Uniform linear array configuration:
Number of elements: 48
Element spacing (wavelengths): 0.75
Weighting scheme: hann
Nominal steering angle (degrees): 45
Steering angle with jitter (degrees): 45.693
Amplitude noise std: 0.05
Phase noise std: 0.05

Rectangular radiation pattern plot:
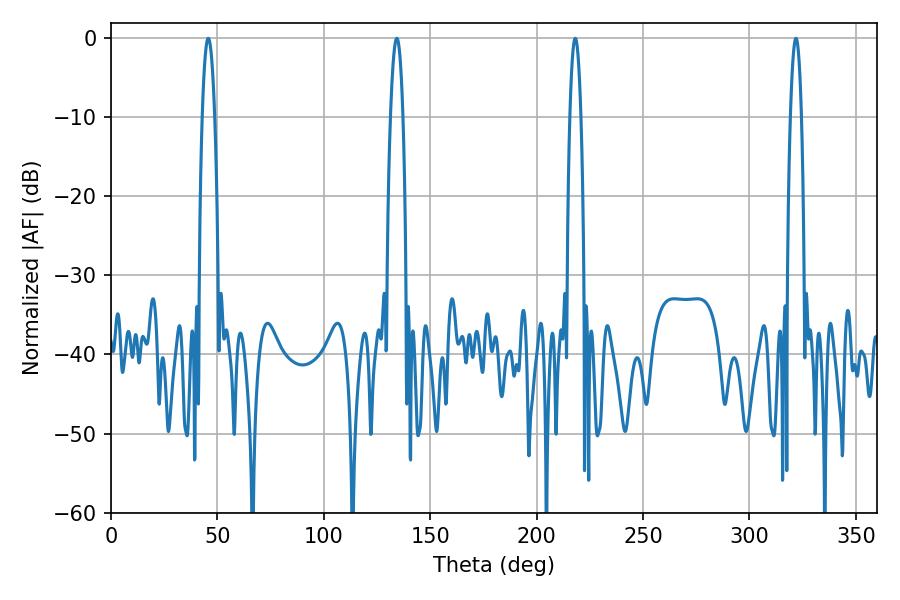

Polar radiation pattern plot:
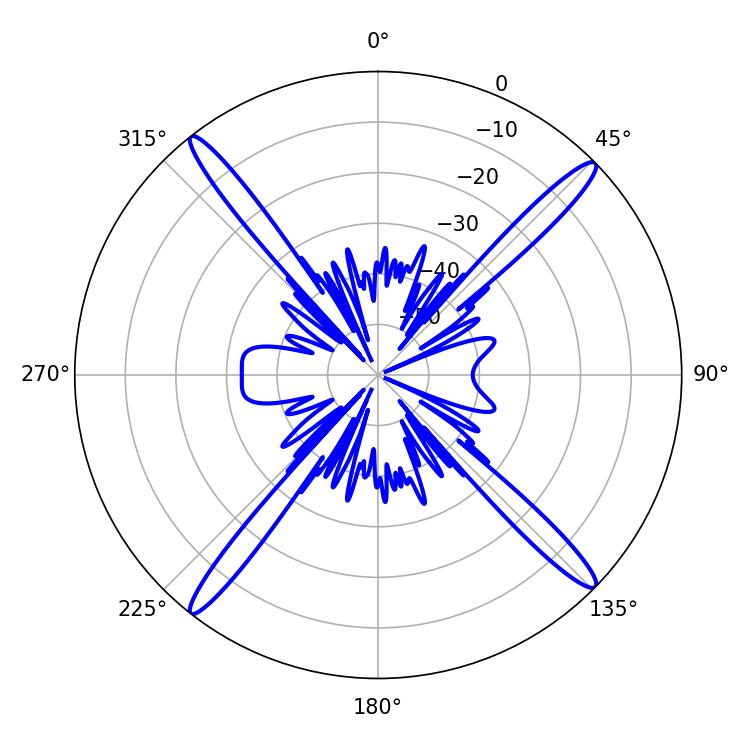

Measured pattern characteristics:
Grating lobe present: TRUE
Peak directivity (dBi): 19.907
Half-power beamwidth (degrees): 2.88
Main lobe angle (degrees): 218.16